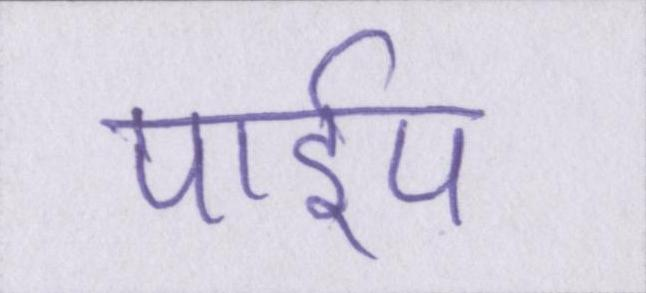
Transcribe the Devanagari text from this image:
पाईप